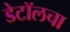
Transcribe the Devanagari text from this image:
डेटॉलचा